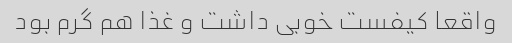
واقعا کیفست خوبی داشت و غذا هم گرم بود